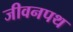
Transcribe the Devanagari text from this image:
जीवनपथ